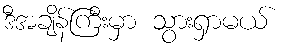
ဒီအချိန်ကြီးမှာ သွားရှာမယ်